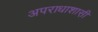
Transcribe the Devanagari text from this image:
अपराधाशास़ी